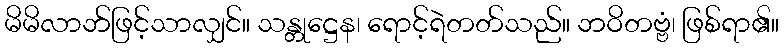
မိမိလာဘ်ဖြင့်သာလျှင်။ သန္တုဋ္ဌေန၊ ရောင့်ရဲတတ်သည်။ ဘဝိတဗ္ဗံ၊ ဖြစ်ရာ၏။